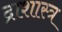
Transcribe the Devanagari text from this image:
द्राशास्त्र